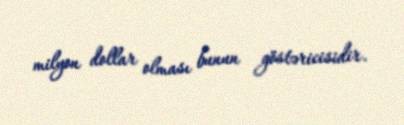
milyon dollar olması bunun göstəricisidir.